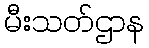
မီးသတ်ဌာန